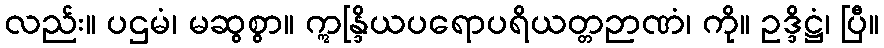
လည်း။ ပဌမံ၊ မဆွစွာ။ ဣန္ဒြိယပရောပရိယတ္တဉာဏံ၊ ကို။ ဥဒ္ဒိဋ္ဌံ၊ ပြီ။